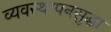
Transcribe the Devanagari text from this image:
व्यवस्थापनसुद्धा